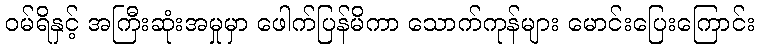
ဝမ်ရိနှင့် အကြီးဆုံးအမှုမှာ ဖေါက်ပြန်မိကာ သောက်ကုန်များ မောင်းပြေးကြောင်း